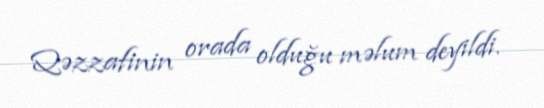
Qəzzafinin orada olduğu məlum deyildi.